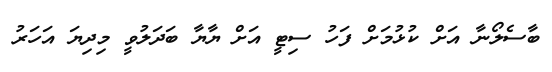
ބާސެލޯނާ އަށް ކުޅުމަށް ފަހު ސިޓީ އަށް ޔާޔާ ބަދަލުވީ މިދިޔަ އަހަރު